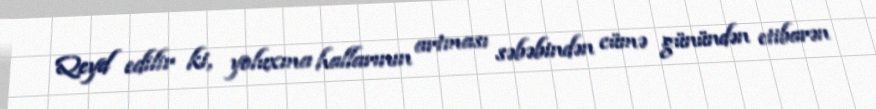
Qeyd edilir ki, yoluxma hallarının artması səbəbindən cümə günündən etibarən